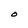
Character: O